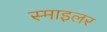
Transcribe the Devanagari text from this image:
स्माइलर